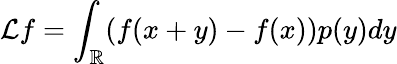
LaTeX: \mathcal Lf=\int_{\mathbb R}(f(x+y)-f(x))p(y)dy